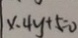
4 x - 4 y + 5 = 0